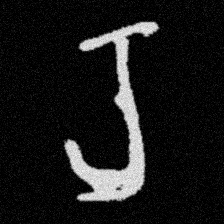
Pyu character \u2014 Myanmar letter: ရ (romanized: ra)